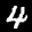
Label: 4